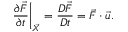
\left. \frac { \partial \vec { F } } { \partial t } \right| _ { \vec { X } } = \frac { D \vec { F } } { D t } = \vec { F } \cdot \boldsymbol { \mathbf { \nabla } } \vec { u } .